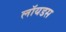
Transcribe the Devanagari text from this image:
लॉयडस